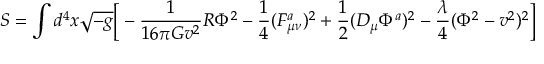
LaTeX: S = \int d ^ { 4 } x \sqrt { - g } \Big [ - { \frac { 1 } { 1 6 \pi G v ^ { 2 } } } R \Phi ^ { 2 } - { \frac { 1 } { 4 } } ( F _ { \mu \nu } ^ { a } ) ^ { 2 } + { \frac { 1 } { 2 } } ( { \cal D } _ { \mu } \Phi ^ { a } ) ^ { 2 } - { \frac { \lambda } { 4 } } ( \Phi ^ { 2 } - v ^ { 2 } ) ^ { 2 } \Big ]